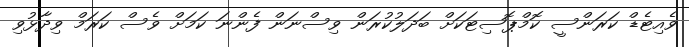
ވެއިޓެޑް ކަރަންސީ ކޮމްޕޮސިޓަކަށް ބަދަލުކުރަން ވިސްނަން ފެންނަ ކަމަށް ވެސް ކަރަމް ވިދާޅުވި